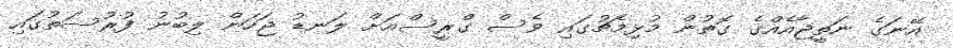
އޭނަގެ ނަތީޖާއެއްގެ ގޮތުން މުޅިމެޗުގައި ވެސް ގްރީސްއަށް ލަނޑު ޖަހަން ލިބުނު ފުރުސަތުގައި